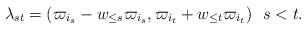
LaTeX: \begin{align*}\lambda_{st}=(\varpi_{i_s}-w_{\leq s}\varpi_{i_s}, \varpi_{i_t}+w_{\leq t}\varpi_{i_t})\ \ s<t.\end{align*}